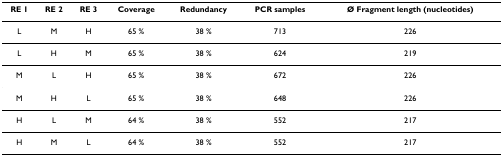
<table><thead><tr><td><b>RE 1</b></td><td><b>RE 2</b></td><td><b>RE 3</b></td><td><b>Coverage</b></td><td><b>Redundancy</b></td><td><b>PCR samples</b></td><td><b>Ø Fragment length (nucleotides)</b></td></tr></thead><tbody><tr><td>L</td><td>M</td><td>H</td><td>65 %</td><td>38 %</td><td>713</td><td>226</td></tr><tr><td>L</td><td>H</td><td>M</td><td>65 %</td><td>38 %</td><td>624</td><td>219</td></tr><tr><td>M</td><td>L</td><td>H</td><td>65 %</td><td>38 %</td><td>672</td><td>226</td></tr><tr><td>M</td><td>H</td><td>L</td><td>65 %</td><td>38 %</td><td>648</td><td>226</td></tr><tr><td>H</td><td>L</td><td>M</td><td>64 %</td><td>38 %</td><td>552</td><td>217</td></tr><tr><td>H</td><td>M</td><td>L</td><td>64 %</td><td>38 %</td><td>552</td><td>217</td></tr></tbody></table>